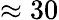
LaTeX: \approx 30